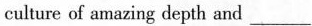
culture of amazing depth and ___